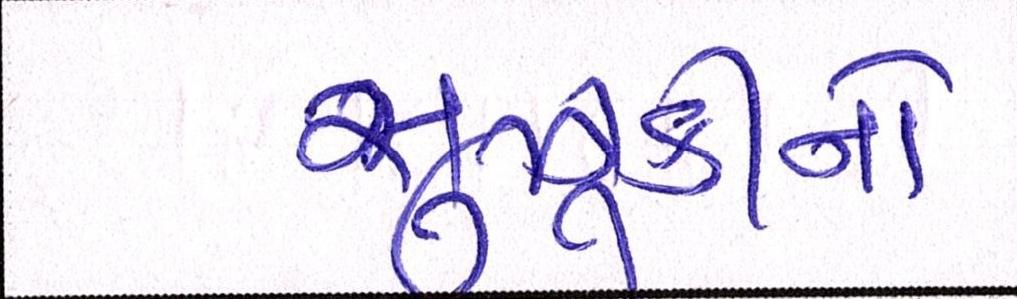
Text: સુઝુકીનો